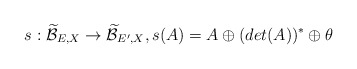
\begin{align*}s: \widetilde{\mathcal{B}}_{E,X}\rightarrow \widetilde{\mathcal{B}}_{E',X}, s(A)=A\oplus (det(A))^{*}\oplus\theta \end{align*}